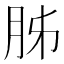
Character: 胏